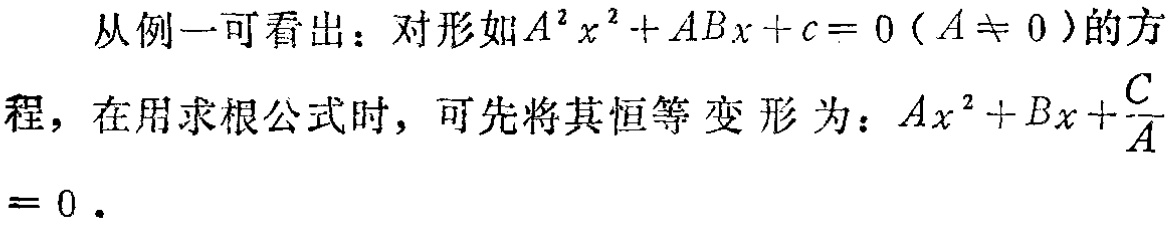
从例一可看出：对形如\(A^{2}x^{2}+ABx + c = 0\ (A\neq 0)\)的方程，在用求根公式时，可先将其恒等变形为：\(Ax^{2}+Bx+\frac{C}{A}=0\)。